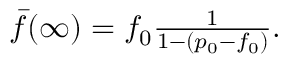
\begin{array} { r } { \bar { f } ( \infty ) = f _ { 0 } \frac { 1 } { 1 - ( p _ { 0 } - f _ { 0 } ) \hfill } . } \end{array}